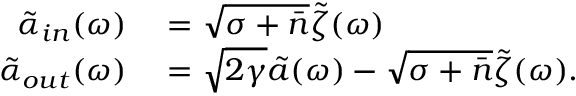
\begin{array} { r l } { \tilde { \alpha } _ { i n } ( \omega ) } & { { } = \sqrt { \sigma + \bar { n } } \tilde { \zeta } ( \omega ) } \\ { \tilde { \alpha } _ { o u t } ( \omega ) } & { { } = \sqrt { 2 \gamma } \tilde { a } ( \omega ) - \sqrt { \sigma + \bar { n } } \tilde { \zeta } ( \omega ) . } \end{array}